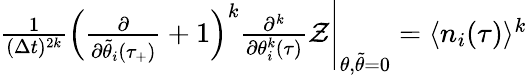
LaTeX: \begin{array}{r}{\frac{1}{(\Delta t)^{2k}}\left(\frac{\partial}{\partial\tilde{\theta}_{i}(\tau_{+})}+1\right)^{k}\frac{\partial^{k}}{\partial\theta_{i}^{k}(\tau)}\mathcal{Z}\Bigg|_{\theta,\tilde{\theta}=0}=\langle n_{i}(\tau)\rangle^{k}}\end{array}